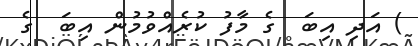
) އަދި އިބަ  ގެ މާފު ކުރެއްވުމުން އިބަ  ގެ